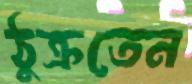
ঠুক্‌রতেন